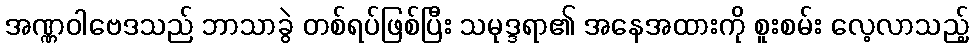
အဏ္ဏဝါဗေဒသည် ဘာသာခွဲ တစ်ရပ်ဖြစ်ပြီး သမုဒ္ဒရာ၏ အနေအထားကို စူးစမ်း လေ့လာသည့်